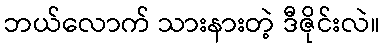
ဘယ်လောက် သားနားတဲ့ ဒီဇိုင်းလဲ။